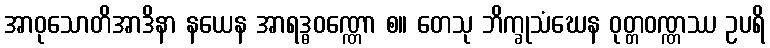
အာဝုသောတိအာဒိနာ နယေန အာရဒ္ဓဝဏ္ဏော စ။ တေသု ဘိက္ခုသံဃေန ဝုတ္တဝဏ္ဏဿ ဥပရိ